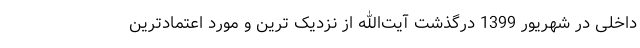
داخلی در شهریور 1399 درگذشت آیت‌الله از نزدیک ترین و مورد اعتمادترین